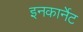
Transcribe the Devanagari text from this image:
इनकार्नेट